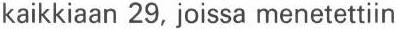
kaikkiaan 29, joissa menetettiin